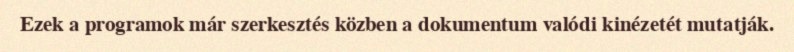
Ezek a programok már szerkesztés közben a dokumentum valódi kinézetét mutatják.